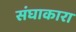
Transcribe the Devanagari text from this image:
संघाकारा